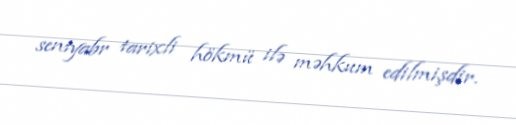
sentyabr tarixli hökmü ilə məhkum edilmişdir.